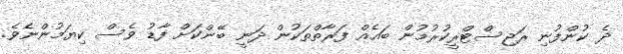
ދެ ކުންފުނި ރަޖިސްޓްރީކުރުމުން ބައެއް ފަރާތްތަކުން ދަނީ ބޭންކަށް ފާޑު ވެސް ކިޔަމުންނެވެ.